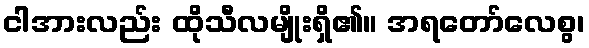
ငါအားလည်း ထိုသီလမျိုးရှိ၏။ အရတော်လေစွ၊